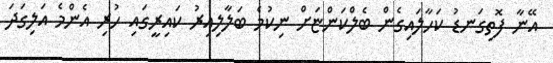
އޭނާ ފޮތިގަނޑު ކަހާލައިގެން ބެލްކަންޏަށް ނިކުމެ ބަލާލިއިރު ކައިރީގައި ހުރި އެންމެ އަލިގަދަ